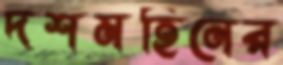
দশমহিনের